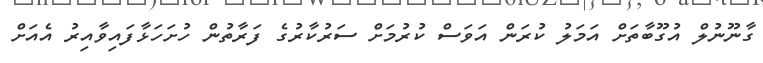
ގާނޫނުލް އުގޫބާތަށް އަމަލު ކުރަން އަވަސް ކުރުމަށް ސަރުކާރުގެ ފަރާތުން ހުށަހަޅާފައިވާއިރު އެއަށް